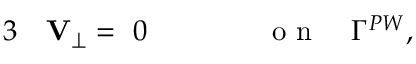
\begin{array} { r l r l } { { 3 } } & { { } { \mathbf V } _ { \perp } = ~ 0 \qquad } & { } & { { } \mathrm { ~ o ~ n ~ } \quad \Gamma ^ { P W } , } \end{array}